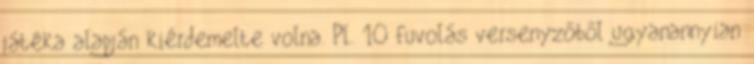
játéka alapján kiérdemelte volna. Pl. 10 fuvolás versenyzőből ugyanannyian